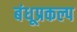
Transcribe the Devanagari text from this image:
बंधूप्रकल्प